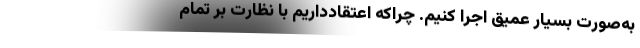
به‌صورت بسیار عمیق اجرا کنیم. چراکه اعتقادداریم با نظارت بر تمام